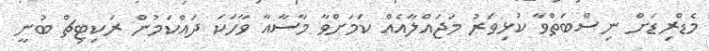
މެޑްރިޑަށް ނިސްބަތްވާ ކުޅިވަރު މަޖައްލާއެއް ކަމަށްވާ މާސާއާ ވާހަކަ ދައްކަމުން ރަކިޓިޗް ބުނީ